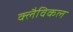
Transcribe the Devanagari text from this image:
क्लैविकल